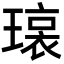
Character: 𬎊